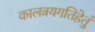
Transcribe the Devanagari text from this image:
कालत्रयगतिहेतुं